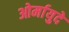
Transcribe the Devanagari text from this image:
ओर्मायुदे